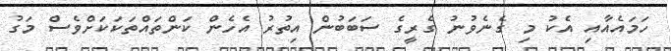
ހަމައެއާއި އެކު މި ގެނެވުނު ގެރީގެ ސަބަބުން އިތުރު އެހެން ކަންތައްތަކަކަށްވެސް މަގު